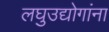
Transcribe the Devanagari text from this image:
लघुउद्योगांना